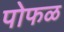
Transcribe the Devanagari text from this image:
पोफळ